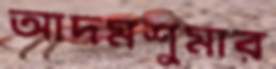
আদমশুমার